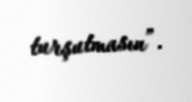
turşutmasın”.